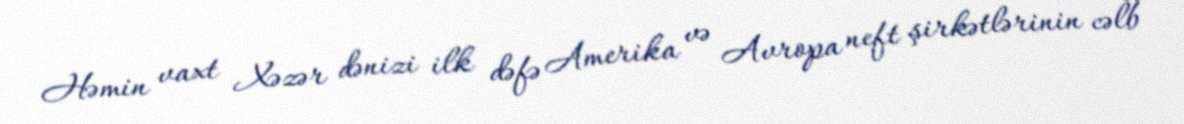
Həmin vaxt Xəzər dənizi ilk dəfə Amerika və Avropa neft şirkətlərinin cəlb